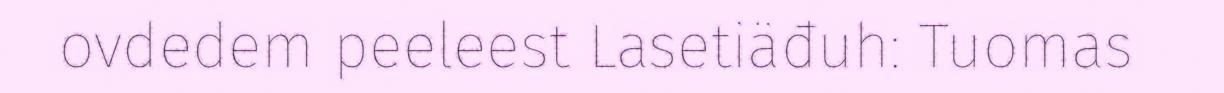
ovdedem peeleest Lasetiäđuh: Tuomas